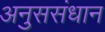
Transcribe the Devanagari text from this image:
अनुससंधान